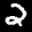
Label: 2